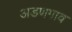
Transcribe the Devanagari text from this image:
अडणगाव